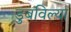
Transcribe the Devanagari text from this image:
डुबविल्या